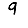
Digit: 9